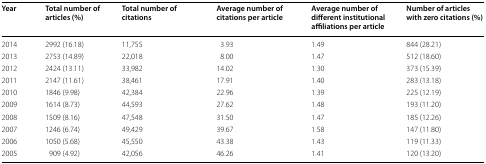
<table><thead><tr><td><b>Year</b></td><td><b>Total number of articles (%)</b></td><td><b>Total number of citations</b></td><td><b>Average number of citations per article</b></td><td><b>Average number of different institutional affiliations per article</b></td><td><b>Number of articles with zero citations (%)</b></td></tr></thead><tbody><tr><td>2014</td><td>2992 (16.18)</td><td>11,755</td><td>3.93</td><td>1.49</td><td>844 (28.21)</td></tr><tr><td>2013</td><td>2753 (14.89)</td><td>22,018</td><td>8.00</td><td>1.47</td><td>512 (18.60)</td></tr><tr><td>2012</td><td>2424 (13.11)</td><td>33,982</td><td>14.02</td><td>1.30</td><td>373 (15.39)</td></tr><tr><td>2011</td><td>2147 (11.61)</td><td>38,461</td><td>17.91</td><td>1.40</td><td>283 (13.18)</td></tr><tr><td>2010</td><td>1846 (9.98)</td><td>42,384</td><td>22.96</td><td>1.39</td><td>225 (12.19)</td></tr><tr><td>2009</td><td>1614 (8.73)</td><td>44,593</td><td>27.62</td><td>1.48</td><td>193 (11.20)</td></tr><tr><td>2008</td><td>1509 (8.16)</td><td>47,548</td><td>31.50</td><td>1.47</td><td>185 (12.26)</td></tr><tr><td>2007</td><td>1246 (6.74)</td><td>49,429</td><td>39.67</td><td>1.58</td><td>147 (11.80)</td></tr><tr><td>2006</td><td>1050 (5.68)</td><td>45,550</td><td>43.38</td><td>1.43</td><td>119 (11.33)</td></tr><tr><td>2005</td><td>909 (4.92)</td><td>42,056</td><td>46.26</td><td>1.41</td><td>120 (13.20)</td></tr></tbody></table>